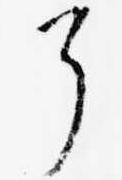
了